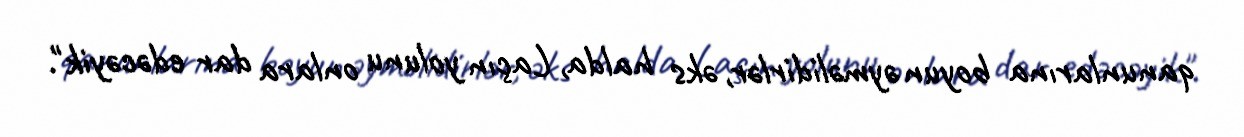
qanunlarına boyun əyməlidirlər, əks halda, Laçın yolunu onlara dar edəcəyik".